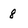
Character: 8